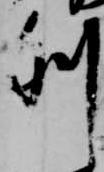
列